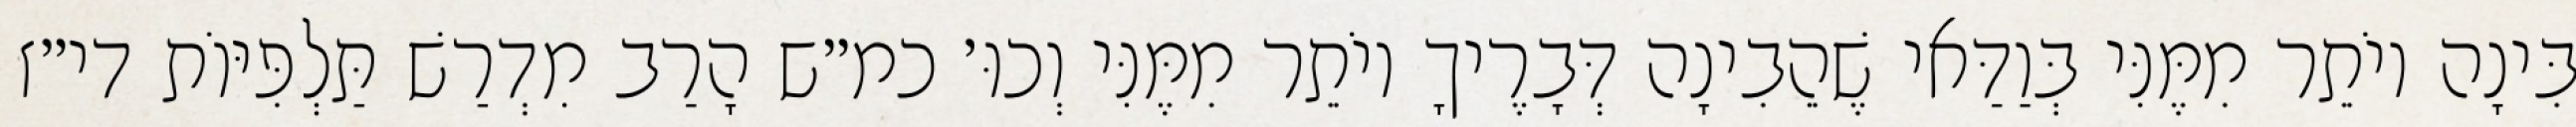
בִּינָה יוֹתֵר מִמֶּנִּי בְּוַדַּאי שֶׁהֵבִינָה דְּבָרֶיךָ יוֹתֵר מִמֶּנִּי וְכוּ׳ כמ״ש הָרַב מִדְרַשׁ תַּלְפִּיּוֹת די״ז